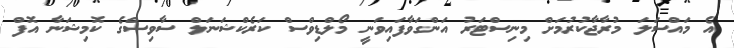
އެ މައްސަލަ މުރާޖާކުރުމަށް މިނިސްޓަރު އަންގަވާފައިވަނީ މޯލްޑިވްސް ކަރެކްޝަނަލް ސާވިސްގެ ކޮމިޝަނާ އޮފް